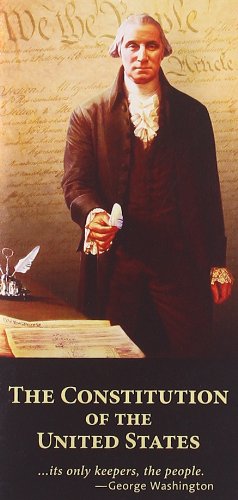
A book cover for Pocket Constitution (Text from the U.S. Bicentennial Commission Edition); Delegates of the Constitutional Convention; Politics & Social Sciences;